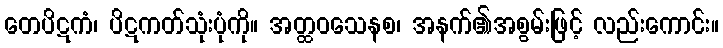
တေပိဋကံ၊ ပိဋကတ်သုံးပုံကို။ အတ္ထဝသေနစ၊ အနက်၏အစွမ်းဖြင့် လည်းကောင်း။